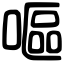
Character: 嘔